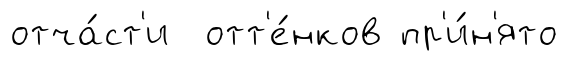
отча́ст'и отт'е́нков пр'и́н'ято